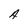
Character: A